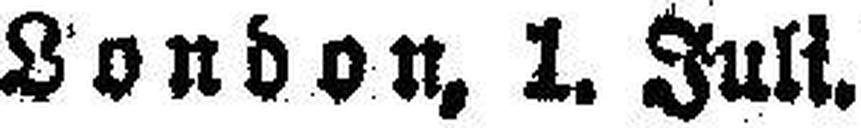
London, 1. Juli.